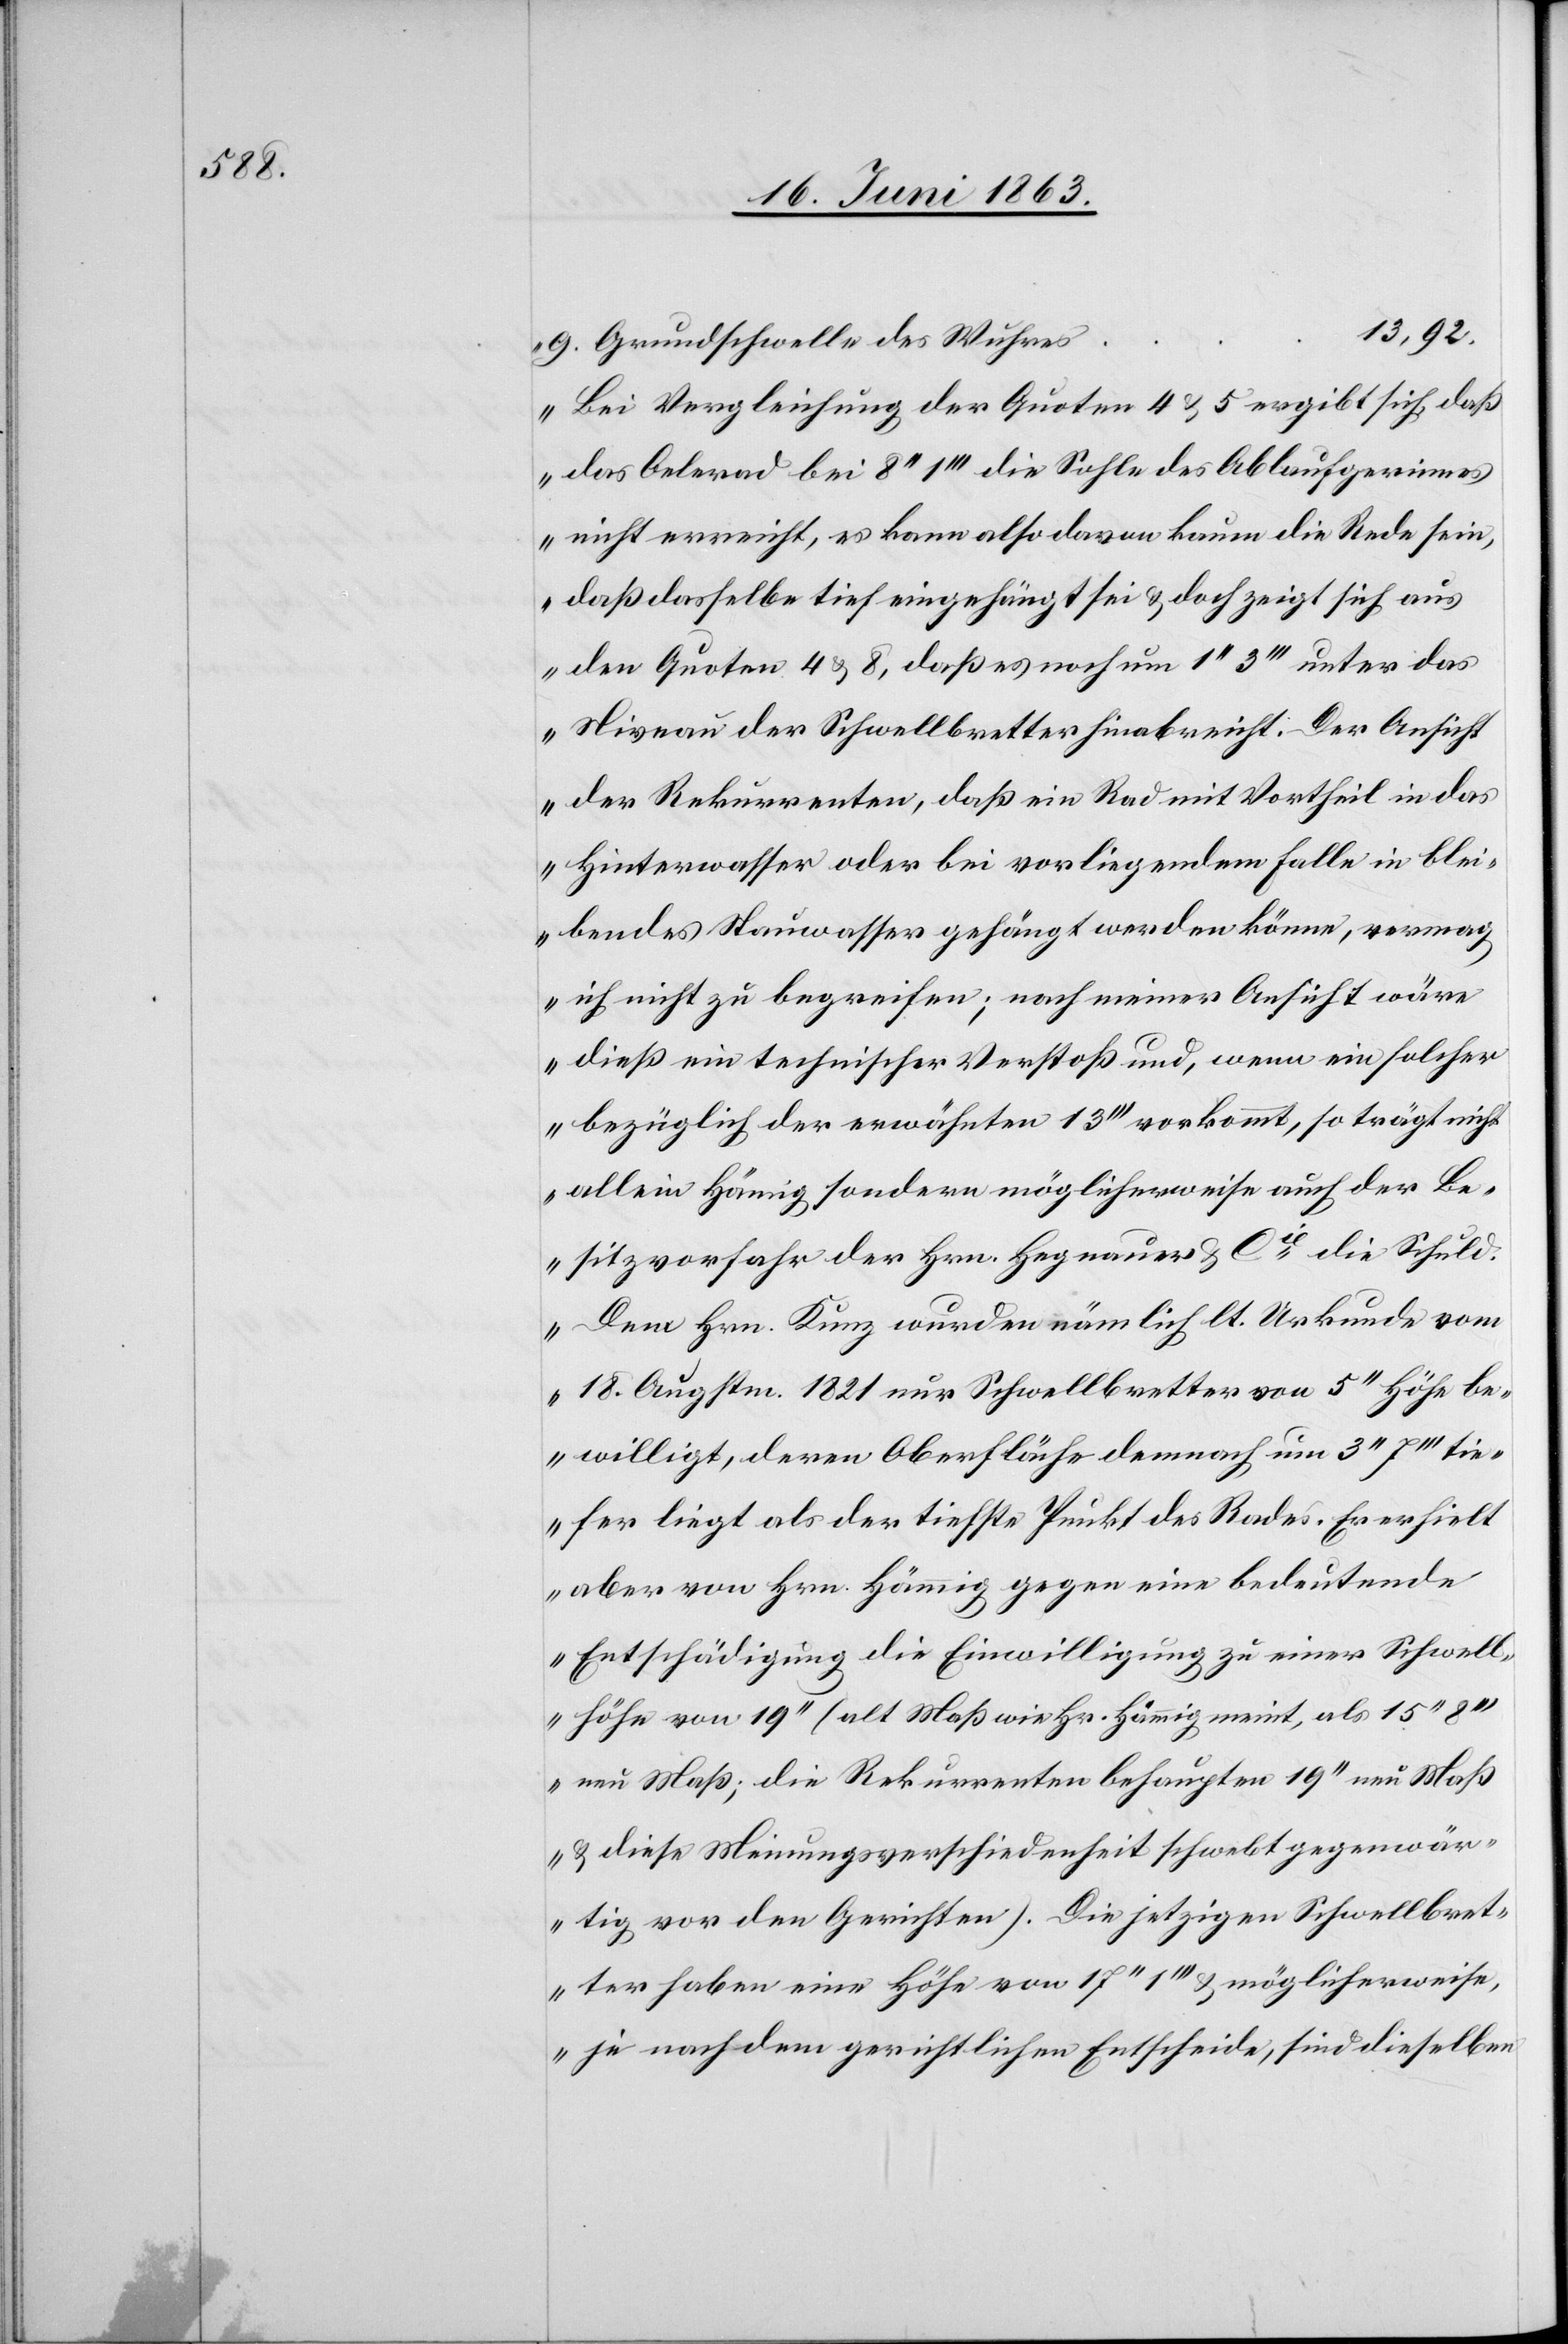
s	13,92.

9. Grundschwelle des Wuhre¬
Bei Vergleichung der Quoten 4 & 5 ergibt sich, daß
das Oelerad bei 8'' 1''' die Sohle des Ablaufgerinne¬
s nicht erreicht, es kann also davon kaum die Rede sein,
daß dasselbe tief eingehängt sei & doch zeigt sich aus
den Quoten 4 & 8, daß es noch um 1'' 3''' unter das
Niveau der Schwellbretter hinabreicht. Der Ansicht
der Rekurrenten, daß ein Rad mit Vortheil in das
Hinterwasser oder bei vorliegendem Falle in blei¬
bendes Stauwasser gehängt werden könne, vermag
ich nicht zu begreifen; nach meiner Ansicht wäre
dieß ein technischer Verstoß und, wenn ein solcher
bezüglich der erwähnten 13''' vorkommt, so trägt nicht
allein Hämig sondern möglicherweise auch der Be¬
sitzvorfahr der Hrn. Hegnauer & Cie die Schuld.
Dem Hrn. Kunz wurden nämlich lt. Urkunde vom
18. Augstm. 1821 nur Schwellbretter von 5'' Höhe be¬
willigt, deren Oberfläche demnach um 3'' 7''' tie¬
fer liegt als der tiefste Punkt des Rades. Er erhielt
aber von Hrn. Hämmig gegen eine bedeutende
Entschädigung die Einwilligung zu einer Schwell¬
höhe von 19'' (alt Maß wie Hr. Hämmig meint, als 15''
neu Maß; die Rekurrenten behaupten 19'' neu Maß
& diese Meinungsverschiedenheit schwebt gegenwär¬
tig vor den Gerichten). Die jetzigen Schwellbret¬
ter haben eine Höhe von 17'' 1''' & möglicherweise,
je nach dem gerichtlichen Entscheide, sind dieselben